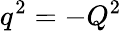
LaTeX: q^{2}=-Q^{2}